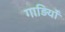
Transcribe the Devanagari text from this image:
गाड़ियोँ